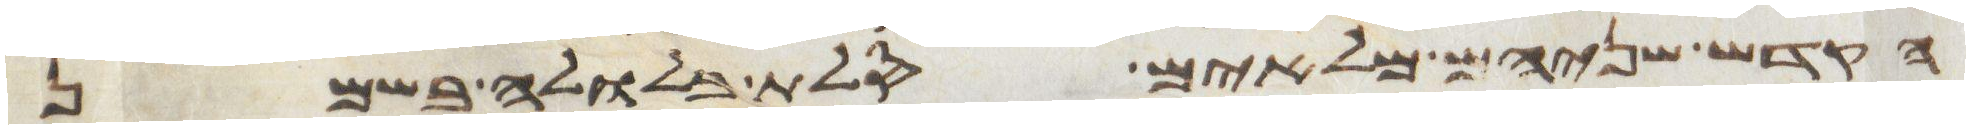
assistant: הקדש שניהם מלאים סלת בלולה בשמן